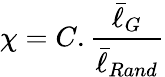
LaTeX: \chi=C.\frac{\bar{\ell}_{G}}{\bar{\ell}_{Rand}}